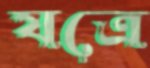
যত্রে